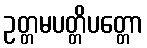
ဥတ္တမပတ္တိပတ္တော